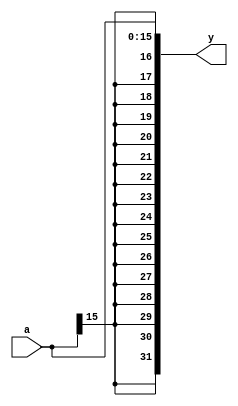
`timescale 1ns / 1ps
//////////////////////////////////////////////////////////////////////////////////
// Company: 
// Engineer: 
// 
// Design Name: 
// Module Name: signext
// Project Name: 
// Target Devices: 
// Tool Versions: 
// Description: 
// 
// Dependencies: 
// 
// Revision:
// Revision 0.01 - File Created
// Additional Comments:
// 
//////////////////////////////////////////////////////////////////////////////////


module signext(
	input wire[15:0] a,
	output wire[31:0] y
    );

	assign y = {{16{a[15]}},a};
endmodule